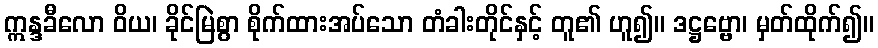
ဣန္ဒခီလော ဝိယ၊ ခိုင်မြဲစွာ စိုက်ထားအပ်သော တံခါးတိုင်နှင့် တူ၏ ဟူ၍။ ဒဋ္ဌဗ္ဗော၊ မှတ်ထိုက်၍။